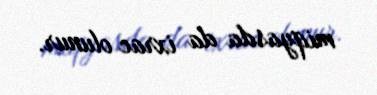
miqyasda da ixrac olunur.